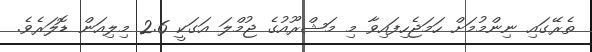
ތެރޭގައި ނިންމުމަށް ހަމަޖެހިފައިވާ މި މަޝްރޫއުގެ ޖުމްލަ އަގަކީ 2.6 މިލިއަން ޑޮލަރެވެ.